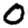
Digit: 0